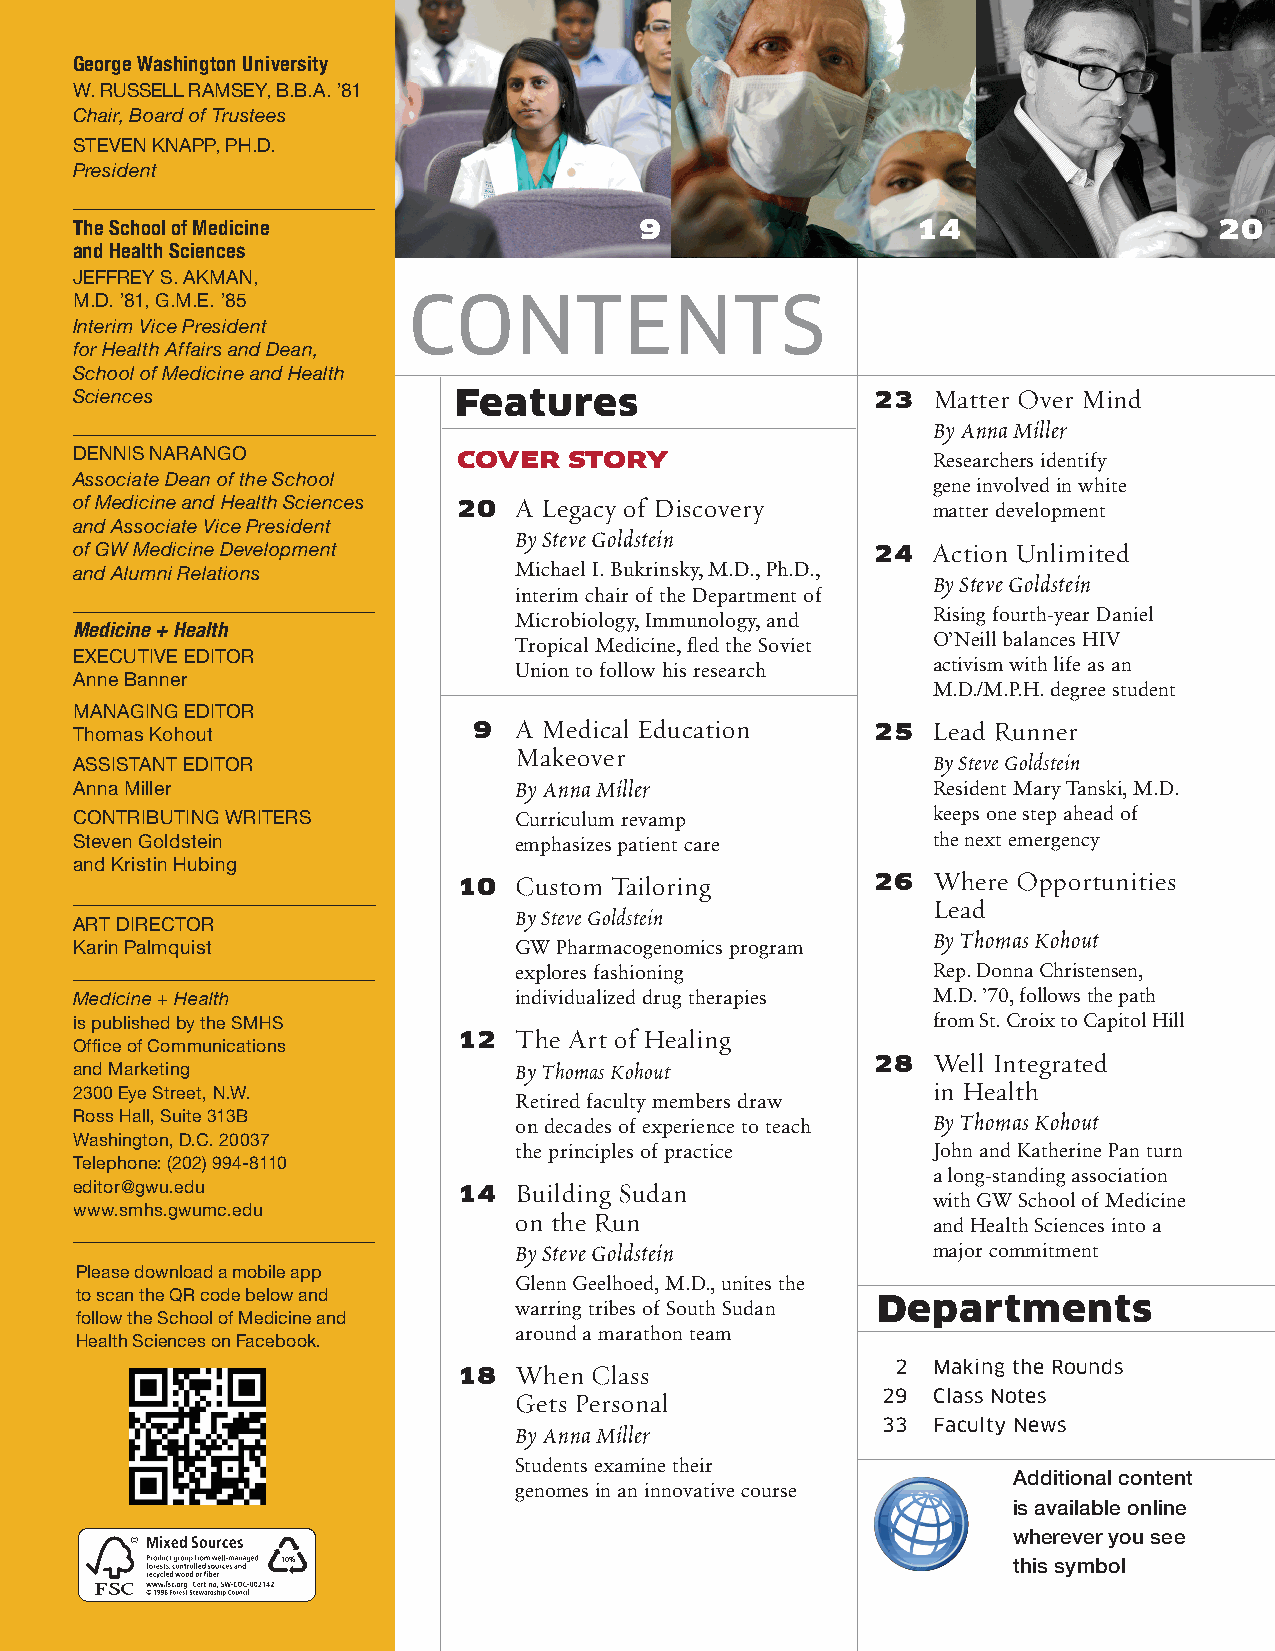
George Washington University
 W. RUSSELL RAMSEY, B.B.A. ’81
 Chair, Board of Trustees
 STEVEN KNAPP, PH.D.
 President
 The School of Medicine               9                  14                  20
 and Health Sciences
 JEFFREY S. AKMAN,
 M.D. ’81, G.M.E. ’85  CONTENTS
 Interim Vice President
 for Health Affairs and Dean,
 School of Medicine and Health
 Sciences                 Features                    23  Matter Over Mind
 By Anna Miller
 DENNIS NARANGO           COVER   STORY                   Researchers identify
 Associate Dean of the School                             gene involved in white
 of Medicine and Health Sciences 2 0 A Legacy of Discovery matter development
 and Associate Vice President
 of GW Medicine Development   By Steve Goldstein      24  Action Unlimited
 and Alumni Relations         Michael I. Bukrinsky, M.D., Ph.D.,
 interim chair of the Department of By Steve Goldstein
 Microbiology, Immunology, and Rising fourth-year Daniel
 Medicine + Health
 Tropical Medicine, fled the Soviet O’Neill balances HIV
 EXECUTIVE EDITOR
 Union to follow his research activism with life as an
 Anne Banner
 M.D./M.P.H. degree student
 MANAGING EDITOR
 Thomas Kohout             9  A Medical Education     25  Lead Runner
 Makeover
 ASSISTANT EDITOR
 By Steve Goldstein
 Anna Miller                                              Resident Mary Tanski, M.D.
 By Anna Miller
 CONTRIBUTING WRITERS         Curriculum revamp           keeps one step ahead of
 Steven Goldstein             emphasizes patient care     the next emergency
 and Kristin Hubing
 10  Custom Tailoring        2 6 Where Opportunities
 Lead
 ART DIRECTOR                 By Steve Goldstein
 Karin Palmquist              GW Pharmacogenomics program By Thomas Kohout
 explores fashioning         Rep. Donna Christensen,
 Medicine + Health            individualized drug therapies M.D. ’70, follows the path
 is published by the SMHS                                 from St. Croix to Capitol Hill
 Office of Communications 12  The Art of Healing
 and Marketing                                        28  Well Integrated
 By Thomas Kohout
 2300 Eye Street, N.W.                                    in Health
 Retired faculty members draw
 Ross Hall, Suite 313B
 on decades of experience to teach By Thomas Kohout
 Washington, D.C. 20037
 the principles of practice  John and Katherine Pan turn
 Telephone: (202) 994-8110
 a long-standing association
 editor@gwu.edu           14  Building Sudan              with GW School of Medicine
 www.smhs.gwumc.edu
 on the Run                  and Health Sciences into a
 major commitment
 By Steve Goldstein
 Please download a mobile app
 Glenn Geelhoed, M.D., unites the
 to scan the QR code below and
 warring tribes of South Sudan Departments
 follow the School of Medicine and
 around a marathon team
 Health Sciences on Facebook.
 2  Making the Rounds
 18  When Class
 Gets Personal           29  Class Notes
 33  Faculty News
 By Anna Miller
 Students examine their
 Additional content
 genomes in an innovative course
 is available online
 wherever you see
 Mixed Sources
 d^
 10%                                             this symbol
 nrydedw wfiMr
 FSC   ,i